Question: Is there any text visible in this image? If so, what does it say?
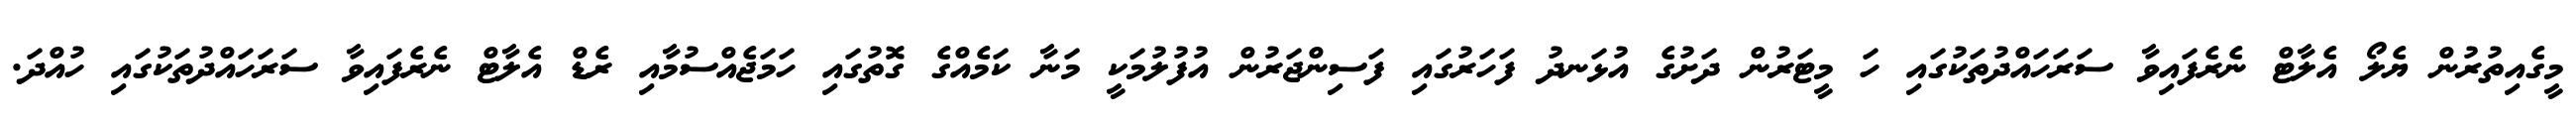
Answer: މީގެއިތުރުން ޔެލޯ އެލާޓް ނެރެފައިވާ ސަރަހައްދުތަކުގައި ހަ މީޓަރުން ދަށުގެ އުޅަނދު ފަހަރުގައި ފަސިންޖަރުން އުފުލުމަކީ މަނާ ކަމެއްގެ ގޮތުގައި ހަމަޖެއްސުމާއި ރެޑް އެލާޓް ނެރެފައިވާ ސަރަހައްދުތަކުގައި ހުއްދަ.